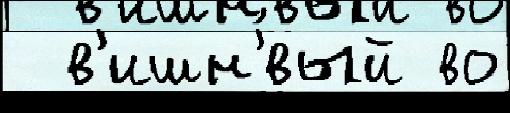
  в'ишн'́вый во